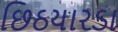
છિઠયારડા